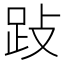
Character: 𰸅